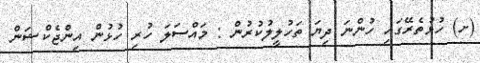
(ށ) ހުޅުތެރޭގައި ހުންނަ ދިޔަ ތަހުލީލުކުރުން : މައްސަލަ ހުރި ހުޅުން އިންޖެކްޝަން